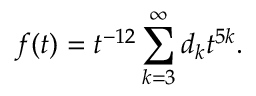
f ( t ) = t ^ { - 1 2 } \sum _ { k = 3 } ^ { \infty } d _ { k } t ^ { 5 k } .